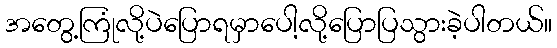
အတွေ့ကြုံလို့ပဲပြောရမှာပေါ့လို့ပြောပြသွားခဲ့ပါတယ်။